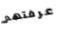
عرفتهم